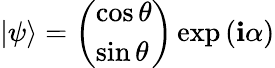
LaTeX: |\psi\rangle={\left(\begin{array}{l}{\cos\theta}\\ {\sin\theta}\end{array}\right)}\exp\left(\mathbf{i}\alpha\right)